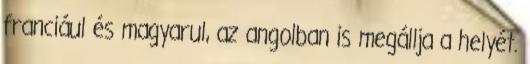
franciául és magyarul, az angolban is megállja a helyét.